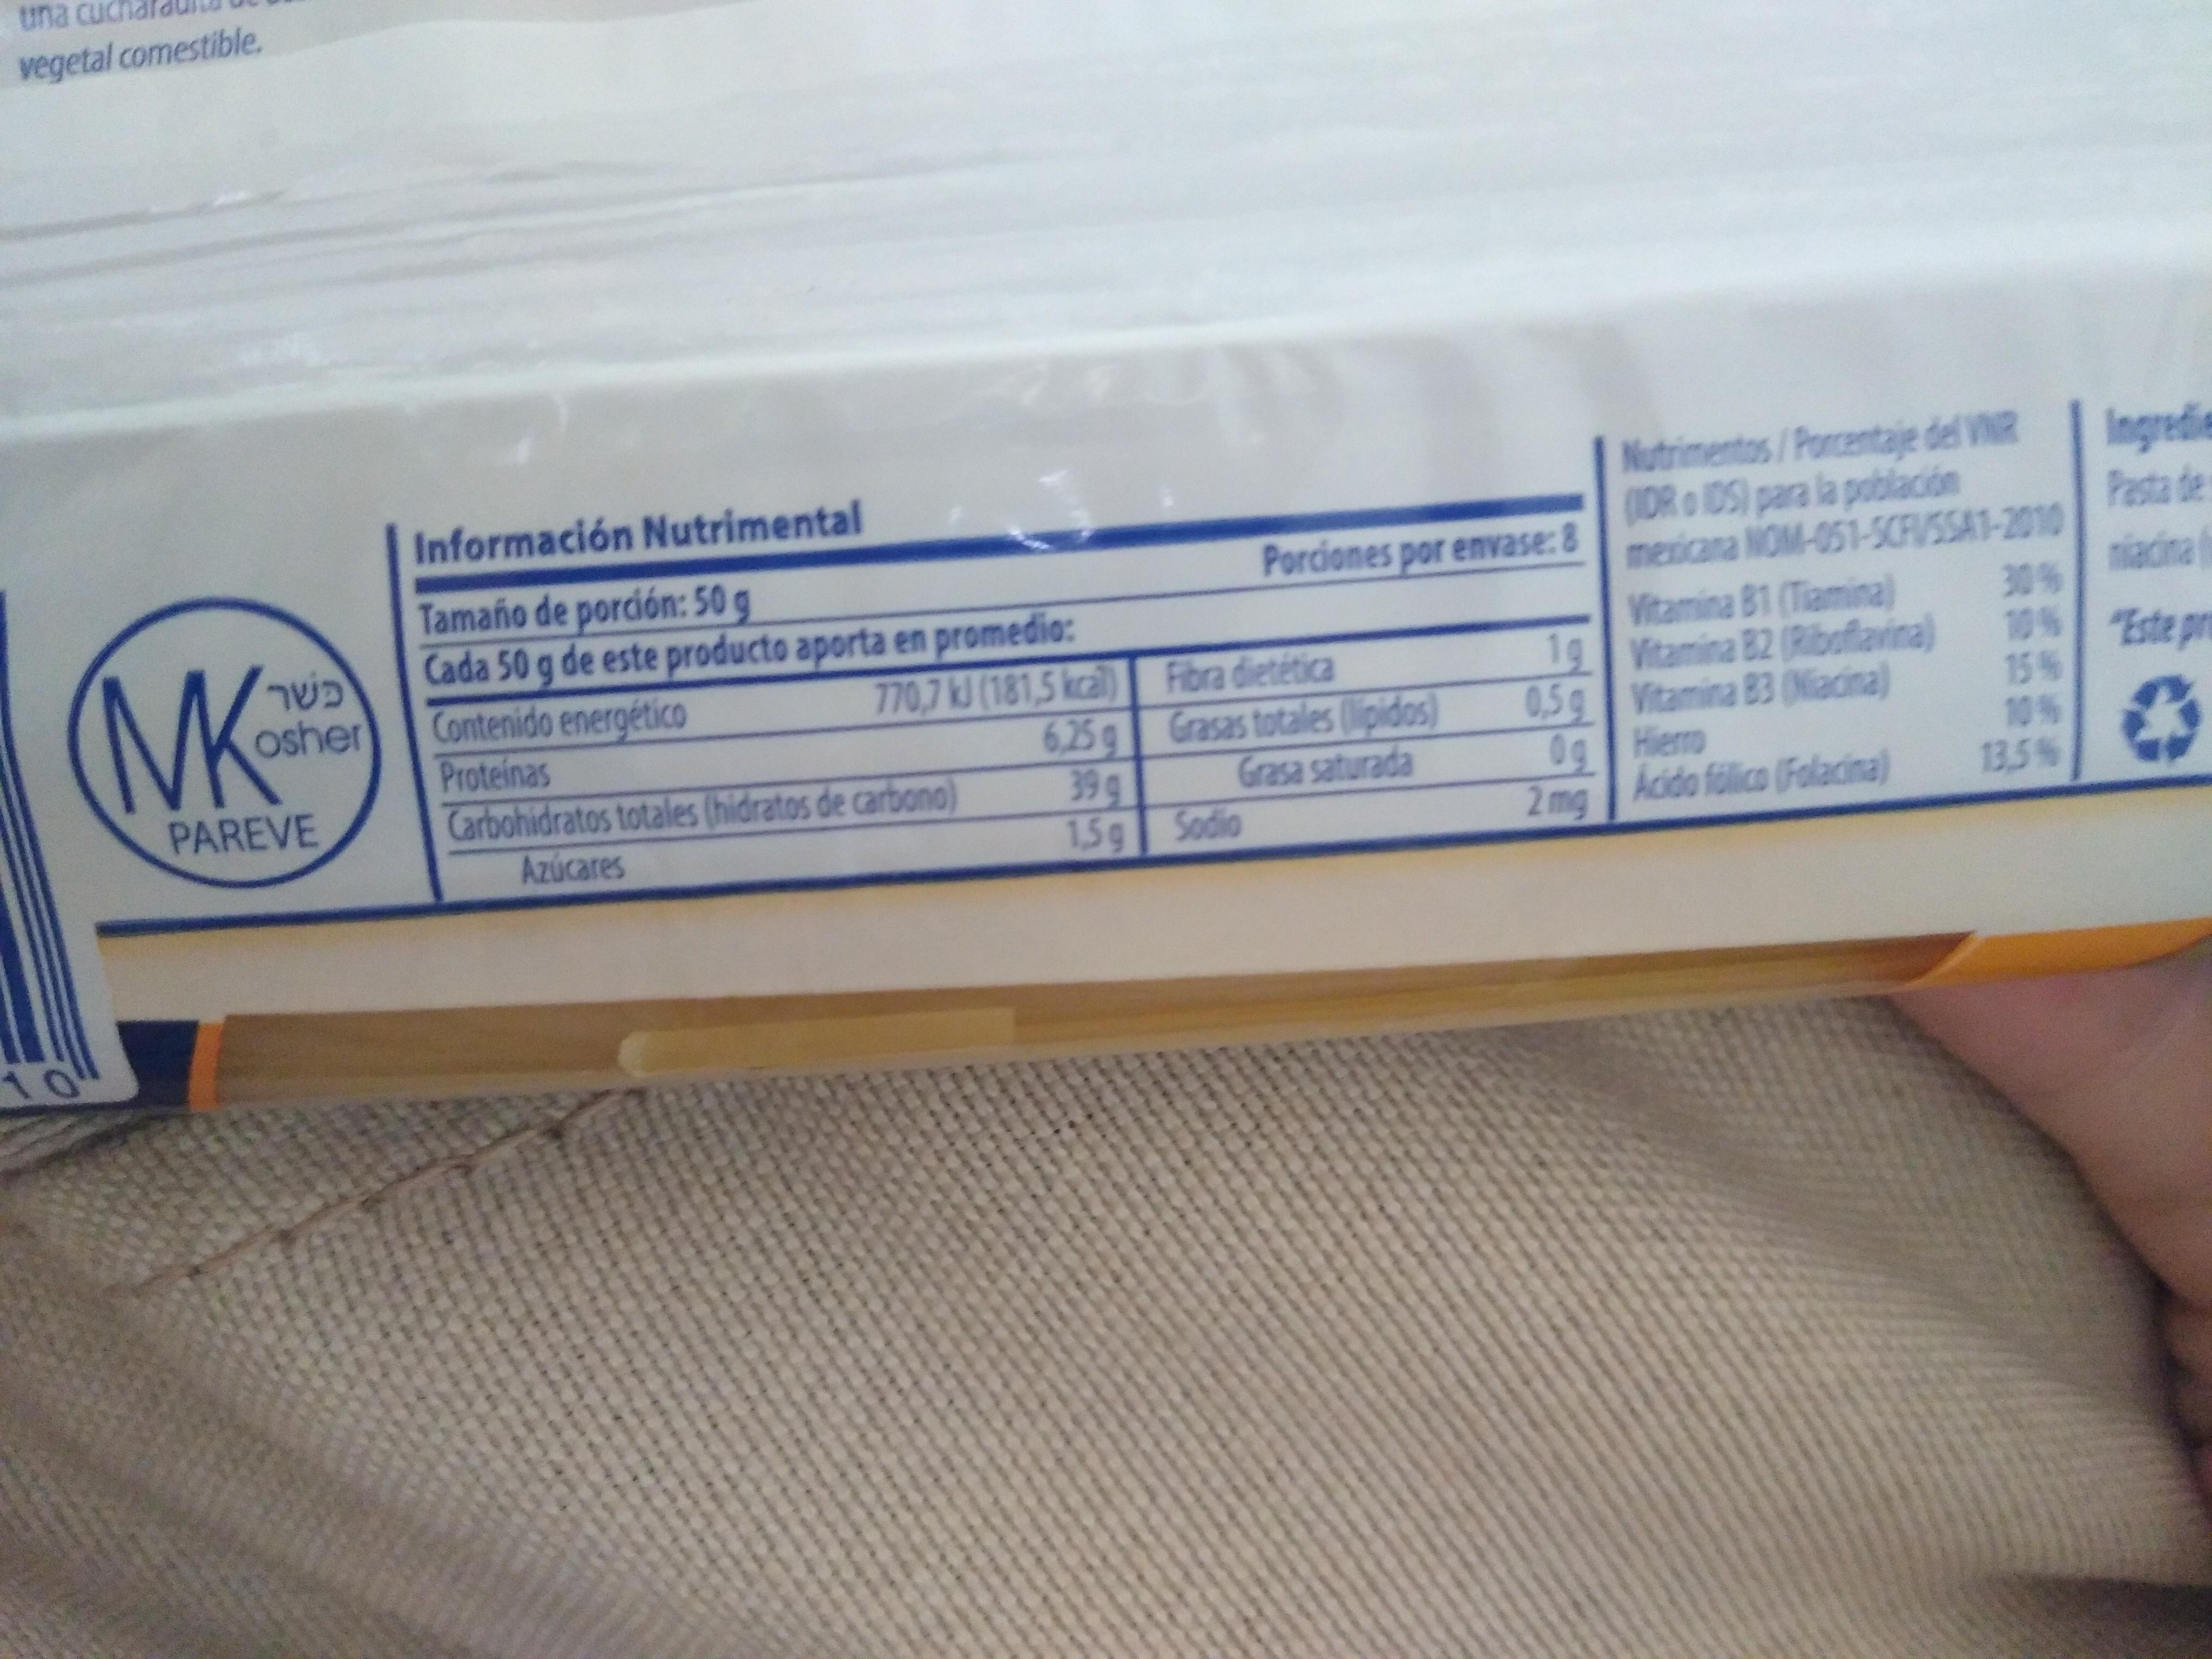
una cuc
vegetal comestible.
Nutrimentos/Poncentaje del VINR (DR o 1DS) para la población mexicana NOM-051-5CFVSSA1-2010
Ingredie Pasta de niacina
Información Nutrimental
Tamano de porción: 50 g Cada 50 g de este producto aporta en promedio: Contenido energético Proteinas Carbohidratos totales (hidratos de carbono) Azúcares
Porciones por envase: 8
(MK
Vitamina 81 (Tiamina) 1g Vitamina B2 (Ribofavina) 0,5g Vitamina 83 (Niacina) Og Hiero Acido folica (Folacina)
30% 10% Este pr
770,7 kJ (181,5 kcal) Fibra dietética 6.25 g Grasas totales lipidos) 39 g 1,5g Sodio
osher
15% 10% 13.5%
PAREVE
Grasa saturada
2 mg
10